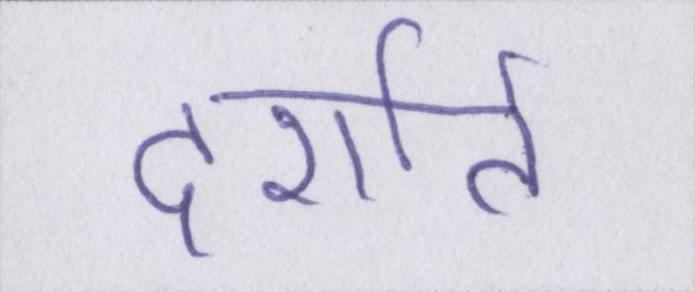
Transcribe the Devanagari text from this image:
दर्शाते